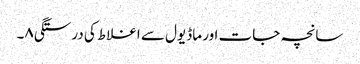
سانچہ جات اور ماڈیول سے اغلاط کی درستگی۸۔